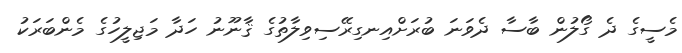
މެސީގެ ދެ ގޯލުން ބާސާ ދެވަނަ ބުރަށްއިނގިރޭސިވިލާތުގެ ޤާނޫނު ހަދާ މަޖިލީހުގެ މެންބަރަކު